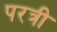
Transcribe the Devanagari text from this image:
परत्री